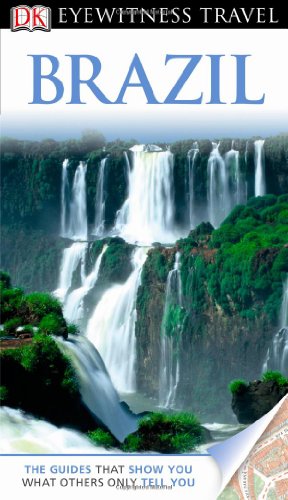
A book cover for DK Eyewitness Travel Guide: Brazil; Alex Robinson; Travel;